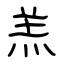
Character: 羔